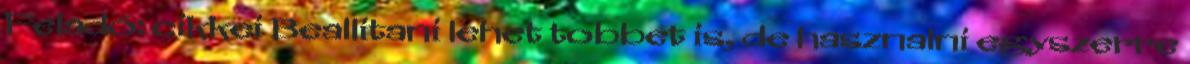
Feladó: cikkei Beallitani lehet tobbet is, de hasznalni egyszerre